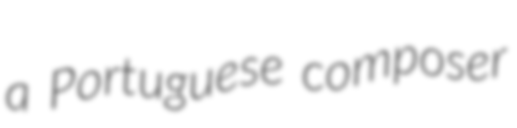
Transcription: a Portuguese composer